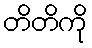
တိတိကို